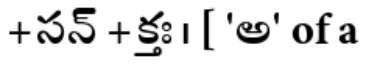
+ సన్ + క్తః । [ 'అ' of a